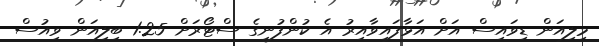
މިލިއަން ޑިވައިސް އަށް އަޅާފައިވާއިރު އެ ކުންފުނީގެ ސްޓޯރަށް 1.25 ބިލިއަން ވިއުސް